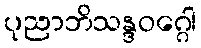
ပုညာဘိသန္ဒဝဂ္ဂေါ